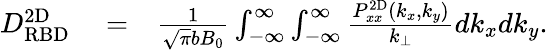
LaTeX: \begin{array}{rlr}{D_{\mathrm{RBD}}^{\mathrm{2D}}}&{{}=}&{\frac{1}{\sqrt{\pi}bB_{0}}\int_{-\infty}^{\infty}\int_{-\infty}^{\infty}\frac{P_{xx}^{\mathrm{2D}}(k_{x},k_{y})}{k_{\perp}}dk_{x}dk_{y}.}\end{array}